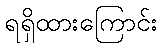
ရရှိထားကြောင်း